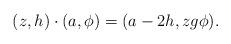
LaTeX: \begin{align*} (z, h) \cdot (a, \phi) = (a-2h, z g \phi).\end{align*}